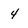
Character: 4